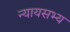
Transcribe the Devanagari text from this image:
न्यायसभ्य